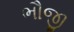
ભૌજી